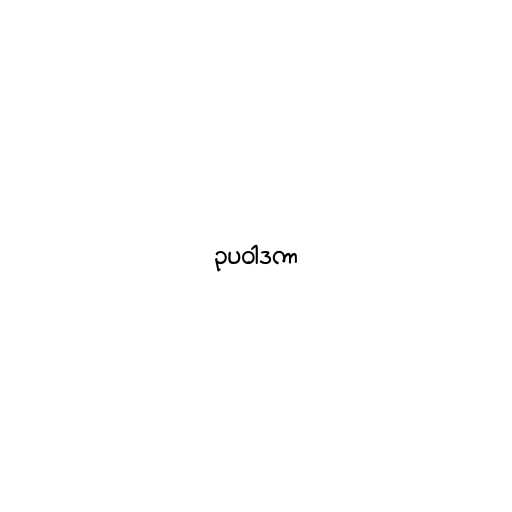
ဥပဝါဒကာ